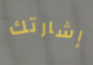
إشارتك